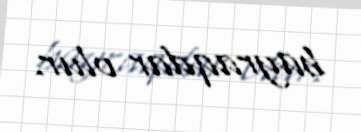
bayraqdar olur.